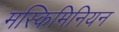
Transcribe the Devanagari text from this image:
मस्किमिनियन